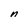
Character: n